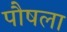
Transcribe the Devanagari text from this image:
पौषला